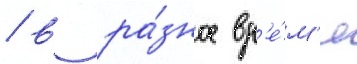
/ в ра́зное вр'е́м'я